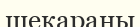
шекараны